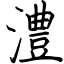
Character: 澧